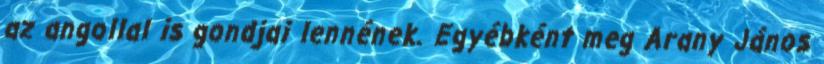
az angollal is gondjai lennének. Egyébként meg Arany János